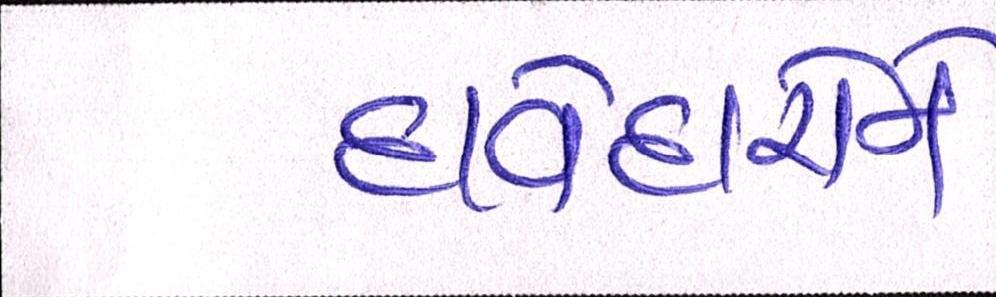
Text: દાવેદારોને